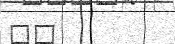
٧٠